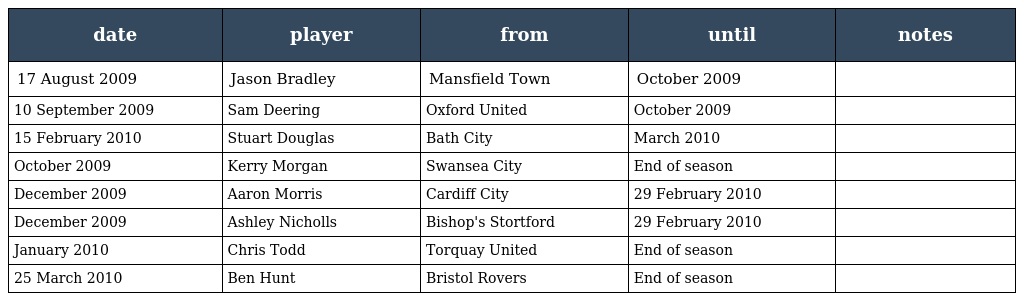
| date | player | from | until | notes |
 | --- | --- | --- | --- | --- |
 | 17 August 2009 | Jason Bradley | Mansfield Town | October 2009 |  |
 | 10 September 2009 | Sam Deering | Oxford United | October 2009 |  |
 | 15 February 2010 | Stuart Douglas | Bath City | March 2010 |  |
 | October 2009 | Kerry Morgan | Swansea City | End of season |  |
 | December 2009 | Aaron Morris | Cardiff City | 29 February 2010 |  |
 | December 2009 | Ashley Nicholls | Bishop's Stortford | 29 February 2010 |  |
 | January 2010 | Chris Todd | Torquay United | End of season |  |
 | 25 March 2010 | Ben Hunt | Bristol Rovers | End of season |  |